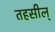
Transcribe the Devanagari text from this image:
तहसील्